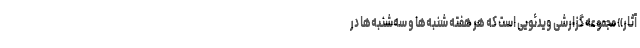
آثار» مجموعه‌ گزارشی ویدئویی است که هر هفته شنبه‌ها و سه‌شنبه‌ها در